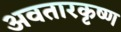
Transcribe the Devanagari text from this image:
अवतारकृष्ण